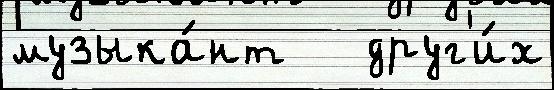
музыка́нт   друг'и́х